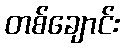
တစ်ချောင်း